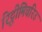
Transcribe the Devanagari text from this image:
रिट्ठीमिचरिउ